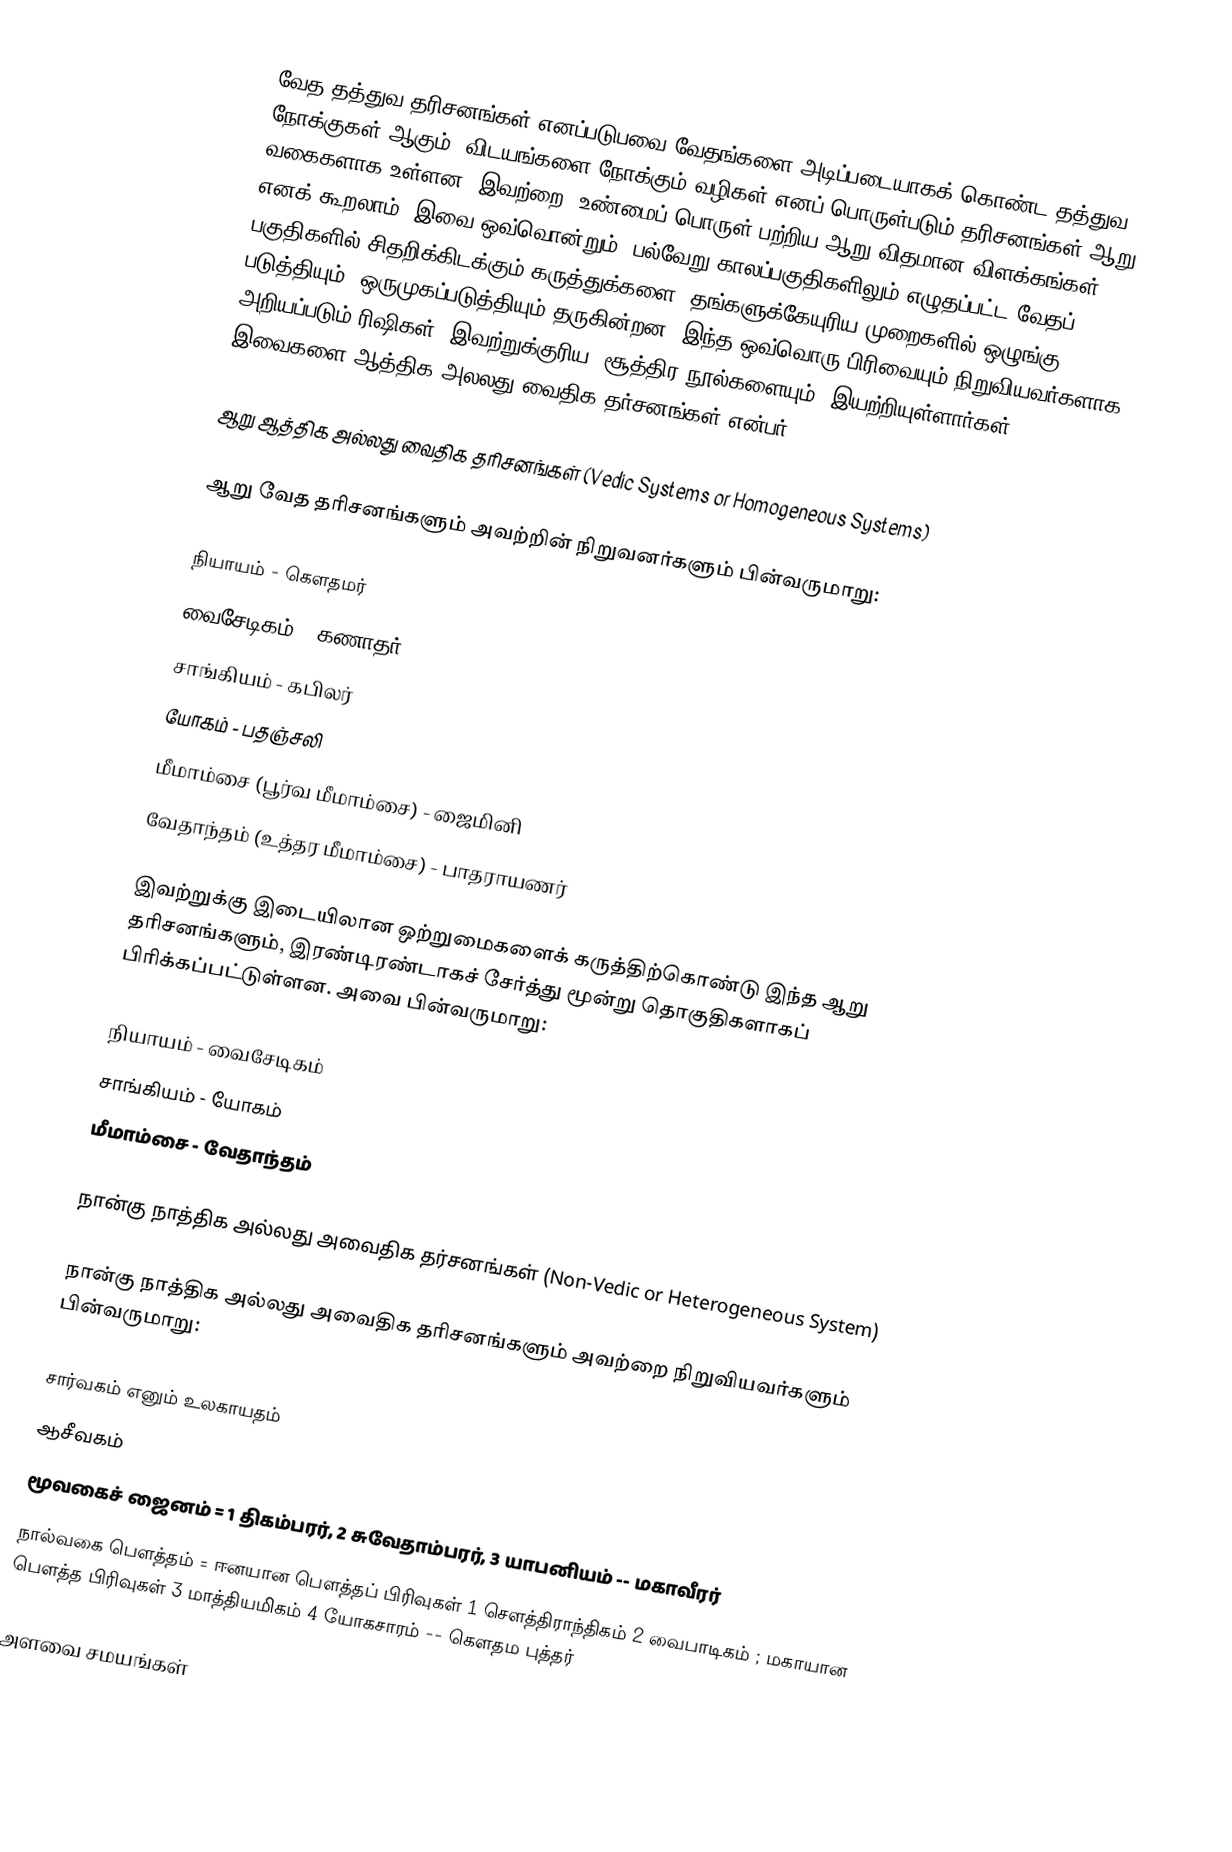
வேத தத்துவ தரிசனங்கள் எனப்படுபவை வேதங்களை அடிப்படையாகக் கொண்ட தத்துவ நோக்குகள் ஆகும். விடயங்களை நோக்கும் வழிகள் எனப் பொருள்படும் தரிசனங்கள் ஆறு வகைகளாக உள்ளன. இவற்றை, உண்மைப் பொருள் பற்றிய ஆறு விதமான விளக்கங்கள் எனக் கூறலாம். இவை ஒவ்வொன்றும், பல்வேறு காலப்பகுதிகளிலும் எழுதப்பட்ட வேதப் பகுதிகளில் சிதறிக்கிடக்கும் கருத்துக்களை, தங்களுக்கேயுரிய முறைகளில் ஒழுங்கு படுத்தியும், ஒருமுகப்படுத்தியும் தருகின்றன. இந்த ஒவ்வொரு பிரிவையும் நிறுவியவர்களாக அறியப்படும் ரிஷிகள், இவற்றுக்குரிய "சூத்திர நூல்களையும்" இயற்றியுள்ளார்கள். இவைகளை ஆத்திக அலலது வைதிக தர்சனங்கள் என்பர்.

ஆறு ஆத்திக அல்லது வைதிக தரிசனங்கள் (Vedic Systems or Homogeneous Systems)

ஆறு வேத தரிசனங்களும் அவற்றின் நிறுவனர்களும் பின்வருமாறு:

 நியாயம் - கௌதமர்
 வைசேடிகம் - கணாதர்
 சாங்கியம் - கபிலர்
 யோகம் - பதஞ்சலி
 மீமாம்சை (பூர்வ மீமாம்சை) - ஜைமினி
 வேதாந்தம் (உத்தர மீமாம்சை) - பாதராயணர்

இவற்றுக்கு இடையிலான ஒற்றுமைகளைக் கருத்திற்கொண்டு இந்த ஆறு தரிசனங்களும், இரண்டிரண்டாகச் சேர்த்து மூன்று தொகுதிகளாகப் பிரிக்கப்பட்டுள்ளன. அவை பின்வருமாறு:

  நியாயம் - வைசேடிகம்
  சாங்கியம் - யோகம்
  மீமாம்சை - வேதாந்தம்

நான்கு நாத்திக அல்லது அவைதிக தர்சனங்கள் (Non-Vedic or Heterogeneous System)

நான்கு நாத்திக அல்லது அவைதிக தரிசனங்களும் அவற்றை நிறுவியவர்களும் பின்வருமாறு:

 சார்வகம் எனும்  உலகாயதம்
 ஆசீவகம்
 மூவகைச் ஜைனம் = 1 திகம்பரர், 2 சுவேதாம்பரர், 3 யாபனியம் -- மகாவீரர்
 நால்வகை பௌத்தம் = ஈனயான பௌத்தப் பிரிவுகள் 1 சௌத்திராந்திகம் 2 வைபாடிகம் ; மகாயான பௌத்த பிரிவுகள் 3 மாத்தியமிகம் 4 யோகசாரம்  --  கௌதம புத்தர்

அளவை சமயங்கள்